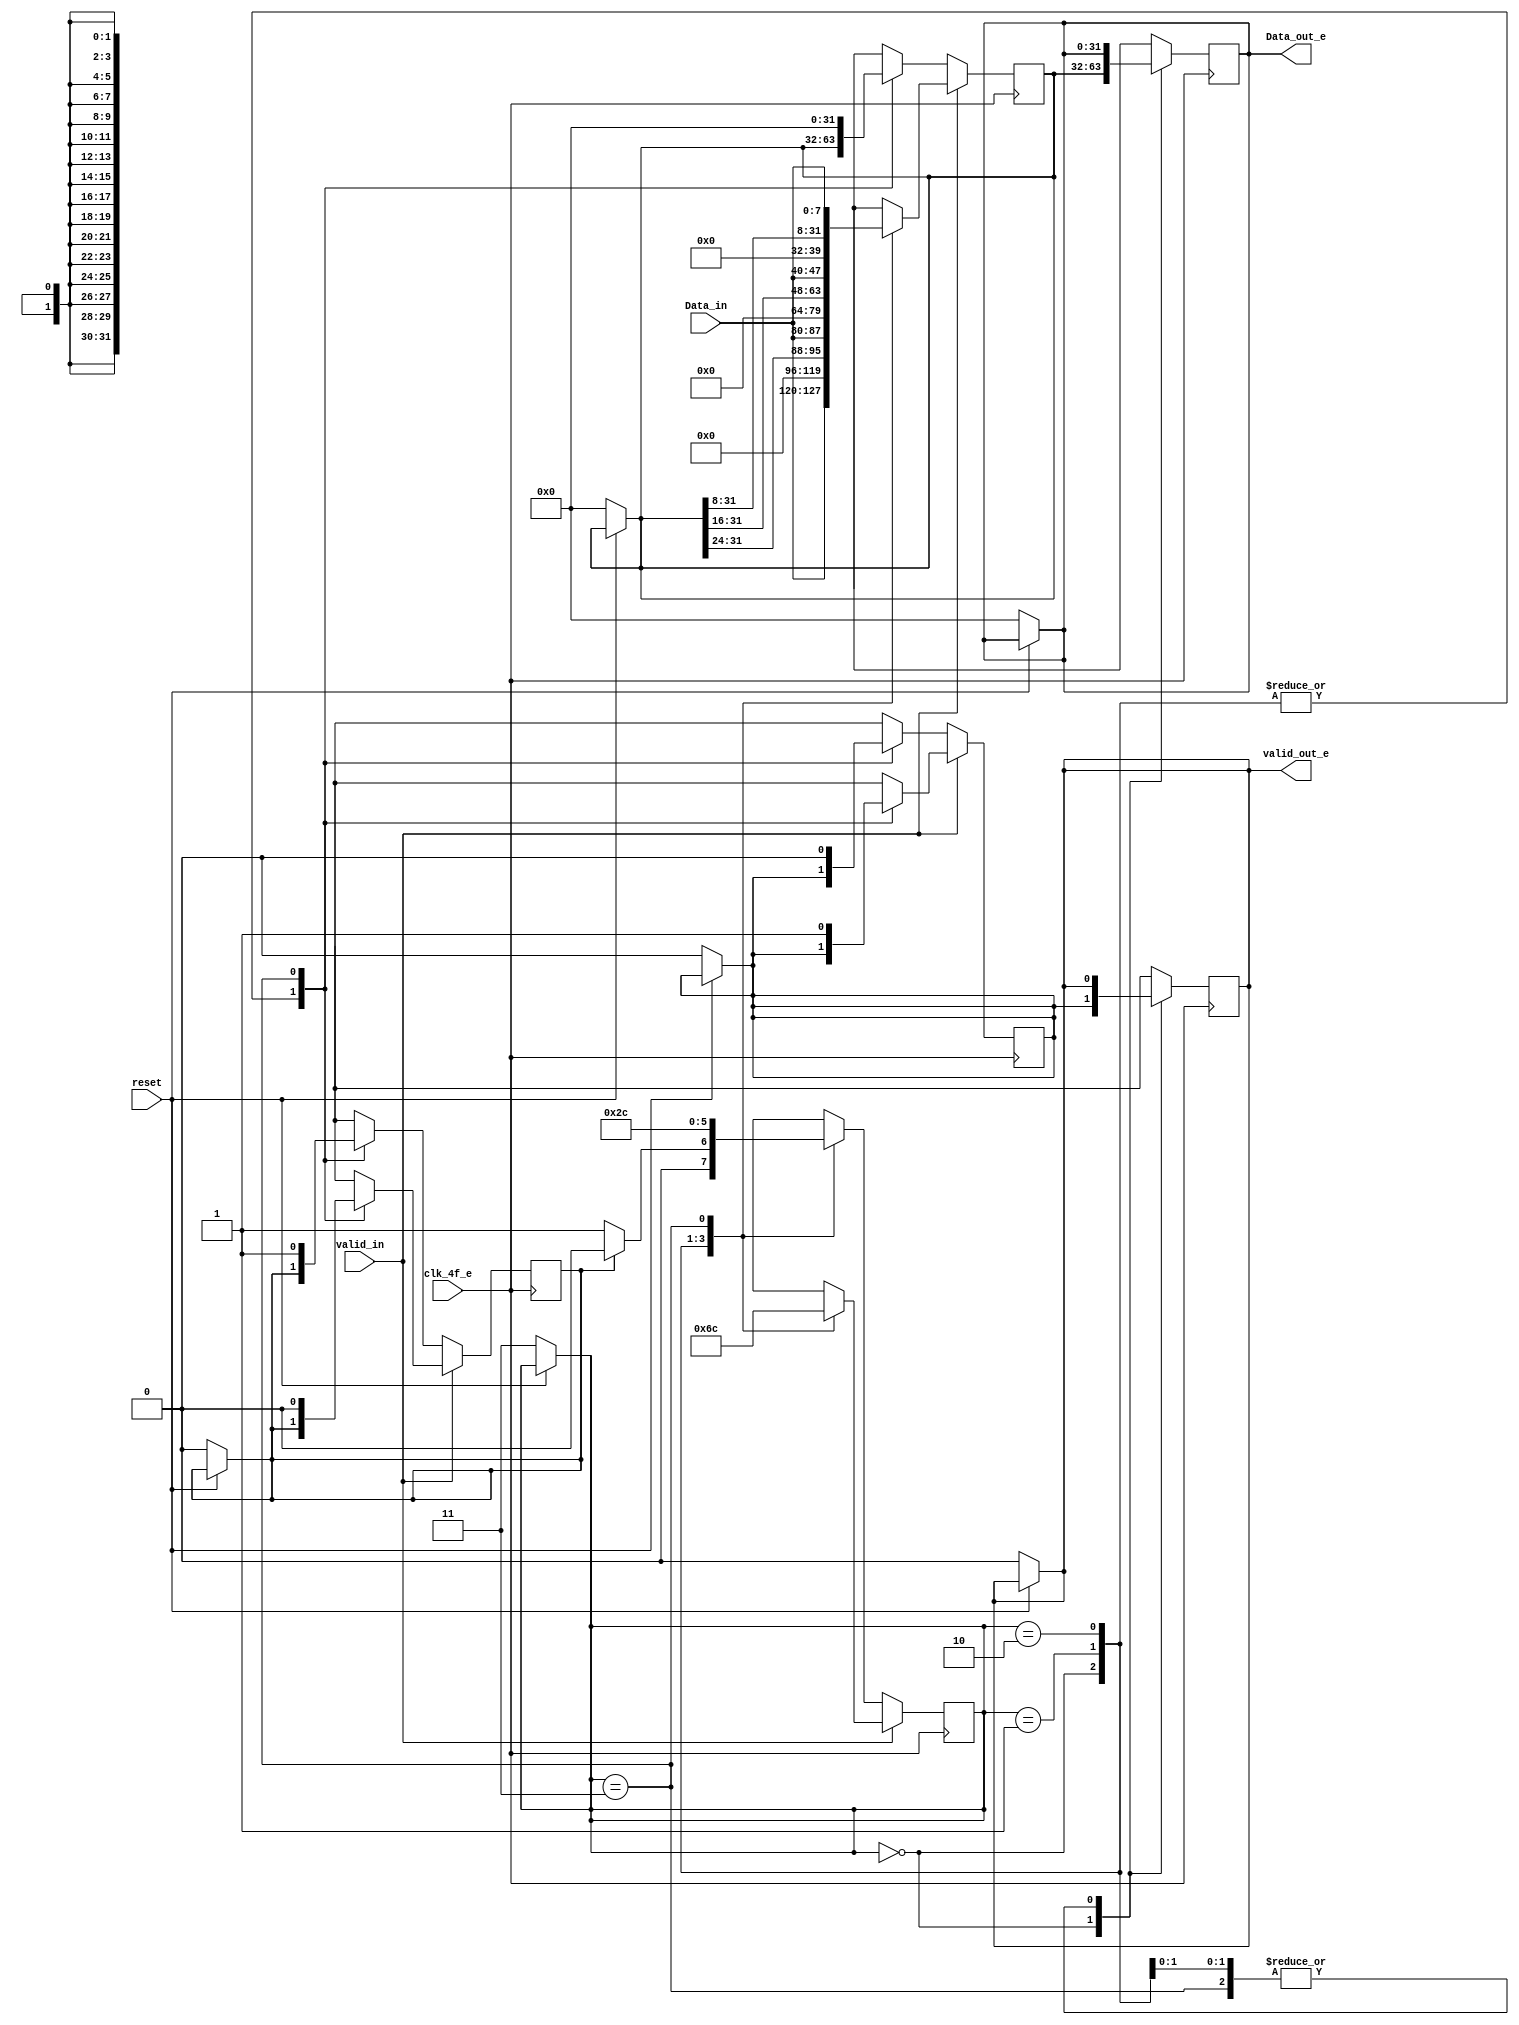
/* Generated by Yosys 0.9 (git sha1 1979e0b) */

(* top =  1  *)
(* src = "bits8_32word_e.v:1" *)
module bits8_32word_e(clk_4f_e, reset, valid_in, Data_in, valid_out_e, Data_out_e);
  (* src = "bits8_32word_e.v:14" *)
  reg [31:0] _00_;
  (* src = "bits8_32word_e.v:14" *)
  reg [1:0] _01_;
  (* src = "bits8_32word_e.v:14" *)
  reg _02_;
  (* src = "bits8_32word_e.v:14" *)
  reg [31:0] _03_;
  (* src = "bits8_32word_e.v:14" *)
  reg _04_;
  (* src = "bits8_32word_e.v:14" *)
  reg _05_;
  (* src = "bits8_32word_e.v:25" *)
  reg [31:0] _06_;
  (* src = "bits8_32word_e.v:25" *)
  reg [1:0] _07_;
  (* src = "bits8_32word_e.v:25" *)
  reg _08_;
  (* src = "bits8_32word_e.v:25" *)
  reg [31:0] _09_;
  (* src = "bits8_32word_e.v:25" *)
  reg _10_;
  (* src = "bits8_32word_e.v:25" *)
  reg _11_;
  (* src = "bits8_32word_e.v:15" *)
  wire _12_;
  (* src = "bits8_32word_e.v:5" *)
  input [7:0] Data_in;
  (* src = "bits8_32word_e.v:7" *)
  output [31:0] Data_out_e;
  reg [31:0] Data_out_e;
  (* src = "bits8_32word_e.v:2" *)
  input clk_4f_e;
  (* src = "bits8_32word_e.v:9" *)
  reg [1:0] contador;
  (* src = "bits8_32word_e.v:12" *)
  reg down;
  (* src = "bits8_32word_e.v:10" *)
  reg [31:0] memoria;
  (* src = "bits8_32word_e.v:3" *)
  input reset;
  (* src = "bits8_32word_e.v:11" *)
  reg valid;
  (* src = "bits8_32word_e.v:4" *)
  input valid_in;
  (* src = "bits8_32word_e.v:6" *)
  output valid_out_e;
  reg valid_out_e;
  assign _12_ = ~(* src = "bits8_32word_e.v:15" *) reset;
  always @* begin
    _01_ = contador;
    _03_ = memoria;
    _04_ = valid;
    _05_ = valid_out_e;
    _00_ = Data_out_e;
    _02_ = down;
    (* src = "bits8_32word_e.v:15" *)
    casez (_12_)
      /* src = "bits8_32word_e.v:15" */
      1'h1:
        begin
          _05_ = 1'h0;
          _00_ = 32'd0;
          _01_ = 2'h3;
          _03_ = 32'd0;
          _04_ = 1'h0;
          _02_ = 1'h0;
        end
      default:
          /* empty */;
    endcase
  end
  always @* begin
      contador <= _01_;
      memoria <= _03_;
      valid <= _04_;
      valid_out_e <= _05_;
      Data_out_e <= _00_;
      down <= _02_;
  end
  always @* begin
    _07_ = contador;
    _09_ = memoria;
    _10_ = valid;
    _11_ = valid_out_e;
    _06_ = Data_out_e;
    _08_ = down;
    (* src = "bits8_32word_e.v:26" *)
    casez (valid_in)
      /* src = "bits8_32word_e.v:26" */
      1'h1:
          (* src = "bits8_32word_e.v:27" *)
          casez (contador)
            /* src = "bits8_32word_e.v:28" */
            2'h0:
              begin
                _11_ = valid;
                _06_ = memoria;
                _09_ = { Data_in, 24'h000000 };
                _07_ = 2'h1;
              end
            /* src = "bits8_32word_e.v:35" */
            2'h1:
              begin
                _09_ = { memoria[31:24], Data_in, 16'h0000 };
                _07_ = 2'h2;
              end
            /* src = "bits8_32word_e.v:40" */
            2'h2:
              begin
                _09_ = { memoria[31:16], Data_in, 8'h00 };
                _07_ = 2'h3;
              end
            /* src = "bits8_32word_e.v:45" */
            2'h3:
              begin
                _09_ = { memoria[31:8], Data_in };
                _10_ = 1'h1;
                _07_ = 2'h0;
                _08_ = 1'h0;
              end
            default:
                /* empty */;
          endcase
      /* src = "bits8_32word_e.v:54" */
      default:
          (* src = "bits8_32word_e.v:55" *)
          casez (contador)
            /* src = "bits8_32word_e.v:56" */
            2'h0:
              begin
                _11_ = valid;
                _06_ = memoria;
                (* src = "bits8_32word_e.v:60" *)
                casez (down)
                  /* src = "bits8_32word_e.v:60" */
                  1'h1:
                      _07_ = 2'h0;
                  /* src = "bits8_32word_e.v:61" */
                  default:
                      _07_ = 2'h1;
                endcase
              end
            /* src = "bits8_32word_e.v:63" */
            2'h1:
                _07_ = 2'h2;
            /* src = "bits8_32word_e.v:64" */
            2'h2:
                _07_ = 2'h3;
            /* src = "bits8_32word_e.v:65" */
            2'h3:
              begin
                _09_ = 32'd0;
                _10_ = 1'h0;
                _07_ = 2'h0;
                _08_ = 1'h1;
              end
            default:
                /* empty */;
          endcase
    endcase
  end
  always @(posedge clk_4f_e) begin
      contador <= _07_;
      memoria <= _09_;
      valid <= _10_;
      valid_out_e <= _11_;
      Data_out_e <= _06_;
      down <= _08_;
  end
endmodule